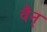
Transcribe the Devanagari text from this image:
वैन्